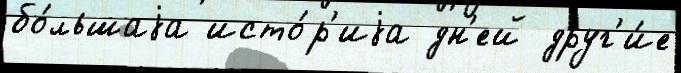
бо́льшаjа исто́р'иjа дн'ей друг'и́е